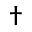
\dag